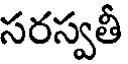
సరస్వతీ